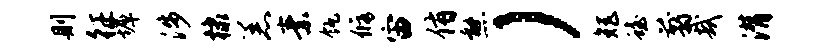
则征墀涉棣恙素瓴修宙侑熊）矩蟾翦哉潸